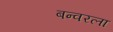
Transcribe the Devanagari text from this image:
बन्वरला